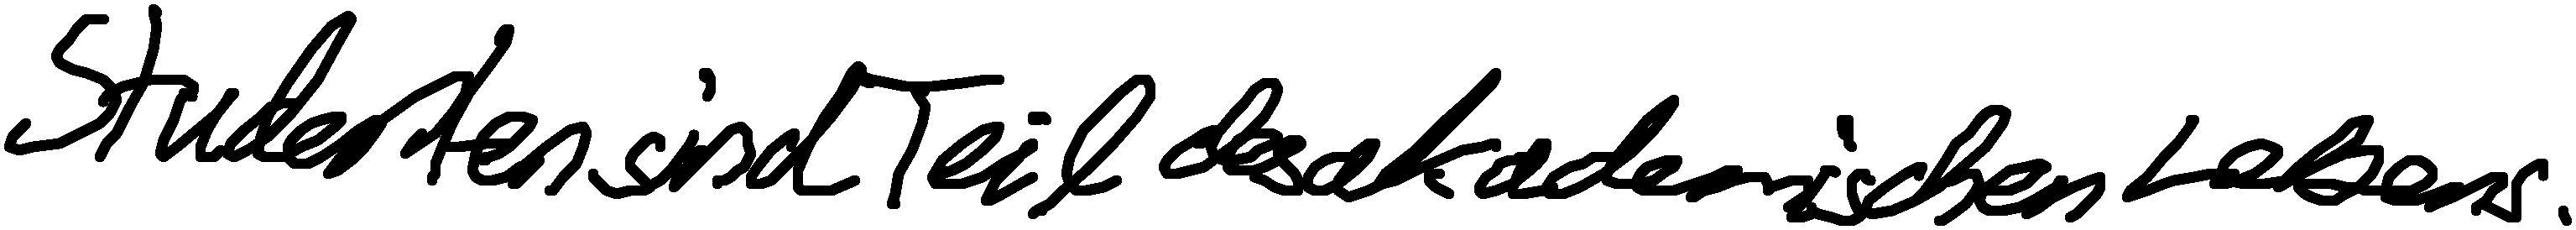
Studenten sind Teil des akademischen Lebens.